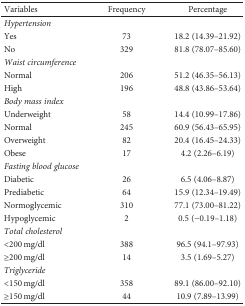
<table><thead><tr><td><b>Variables</b></td><td><b>Frequency</b></td><td><b>Percentage</b></td></tr></thead><tbody><tr><td><i>Hypertension</i></td><td></td><td></td></tr><tr><td>Yes</td><td>73</td><td>18.2 (14.39–21.92)</td></tr><tr><td>No</td><td>329</td><td>81.8 (78.07–85.60)</td></tr><tr><td><i>Waist circumference</i></td><td></td><td></td></tr><tr><td>Normal</td><td>206</td><td>51.2 (46.35–56.13)</td></tr><tr><td>High</td><td>196</td><td>48.8 (43.86–53.64)</td></tr><tr><td><i>Body mass index</i></td><td></td><td></td></tr><tr><td>Underweight</td><td>58</td><td>14.4 (10.99–17.86)</td></tr><tr><td>Normal</td><td>245</td><td>60.9 (56.43–65.95)</td></tr><tr><td>Overweight</td><td>82</td><td>20.4 (16.45–24.33)</td></tr><tr><td>Obese</td><td>17</td><td>4.2 (2.26–6.19)</td></tr><tr><td><i>Fasting blood glucose</i></td><td></td><td></td></tr><tr><td>Diabetic</td><td>26</td><td>6.5 (4.06–8.87)</td></tr><tr><td>Prediabetic</td><td>64</td><td>15.9 (12.34–19.49)</td></tr><tr><td>Normoglycemic</td><td>310</td><td>77.1 (73.00–81.22)</td></tr><tr><td>Hypoglycemic</td><td>2</td><td>0.5 (−0.19–1.18)</td></tr><tr><td><i>Total cholesterol</i></td><td></td><td></td></tr><tr><td>&lt;200 mg/dl</td><td>388</td><td>96.5 (94.1–97.93)</td></tr><tr><td>≥200 mg/dl</td><td>14</td><td>3.5 (1.69–5.27)</td></tr><tr><td><i>Triglyceride</i></td><td></td><td></td></tr><tr><td>&lt;150 mg/dl</td><td>358</td><td>89.1 (86.00–92.10)</td></tr><tr><td>≥150 mg/dl</td><td>44</td><td>10.9 (7.89–13.99)</td></tr></tbody></table>